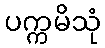
ပက္ကမိသုံ